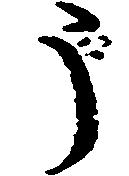
う